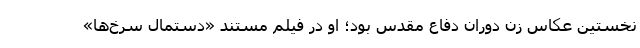
نخستین عکاسِ زنِ دوران دفاع مقدس بود؛ او در فیلم مستند «دستمال سرخ‌ها»